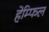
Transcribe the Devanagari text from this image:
हेम्फिल